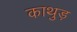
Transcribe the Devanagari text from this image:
काथुड़